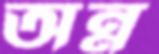
অন্ন